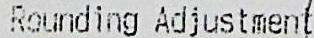
ROUNDING ADJUSTMENT